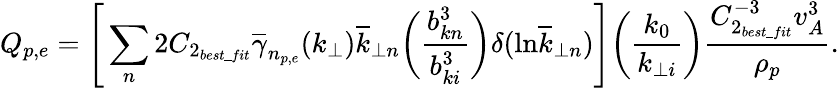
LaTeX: Q_{p,e}=\Bigg[\sum_{n}2C_{2_{best\_ fit}}\overline{{\gamma}}_{n_{p,e}}(k_{\perp})\overline{{k}}_{\perp n}\bigg(\frac{b_{kn}^{3}}{b_{ki}^{3}}\bigg)\delta(\mathrm{ln}\overline{{k}}_{\perp n})\Bigg]\bigg(\frac{k_{0}}{k_{\perp i}}\bigg)\frac{C_{2_{best\_ fit}}^{-3}v_{A}^{3}}{\rho_{p}}.